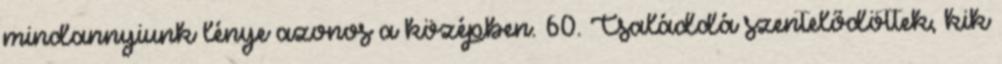
mindannyiunk lénye azonos a középben. 60. Családdá szentelődöttek, kik